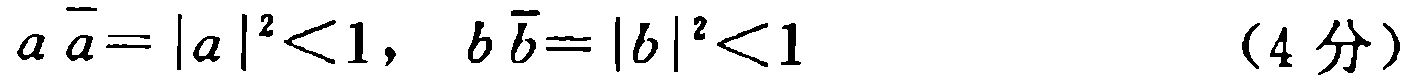
\(a \overline{a}=|a|^{2}<1,\ b \overline{b}=|b|^{2}<1\) （4分）